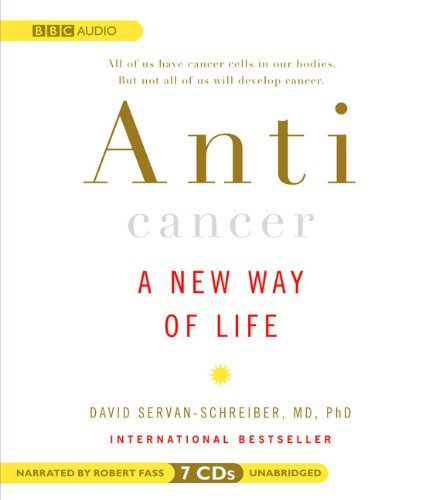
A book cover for Anticancer: A New Way of Life; David Servan-Schreiber; Health, Fitness & Dieting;